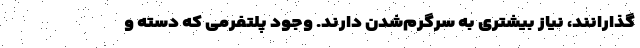
‌گذارانند، نیاز بیشتری به سرگرم‌شدن دارند. وجود پلتفرمی که دسته و